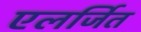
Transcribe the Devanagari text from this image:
एलर्जित